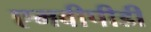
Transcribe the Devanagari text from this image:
एमवीपीडी